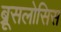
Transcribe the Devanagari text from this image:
ब्रूसलोसिस